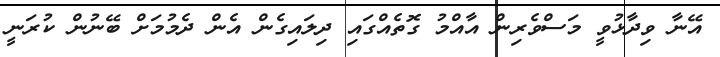
އޭނާ ވިދާޅުވީ މަސްވެރިން އާއްމު ގޮތެއްގައި ދިލައިގެން އެން ދެމުމަށް ބޭނުން ކުރަނީ